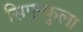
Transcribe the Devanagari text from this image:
सिपुन्कुला